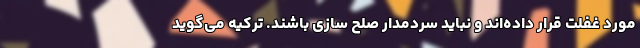
مورد غفلت قرار داده‌اند و نباید سردمدار صلح سازی باشند. ترکیه می‌گوید